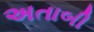
અતાબી